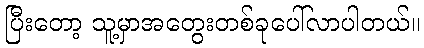
ပြီးတော့ သူ့မှာအတွေးတစ်ခုပေါ်လာပါတယ်။